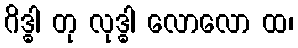
ဂိဒ္ဓါ တု လုဒ္ဓါ လောလော ထ၊